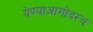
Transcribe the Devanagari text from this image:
येण्याआगोदरच